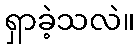
ရှာခဲ့သလဲ။